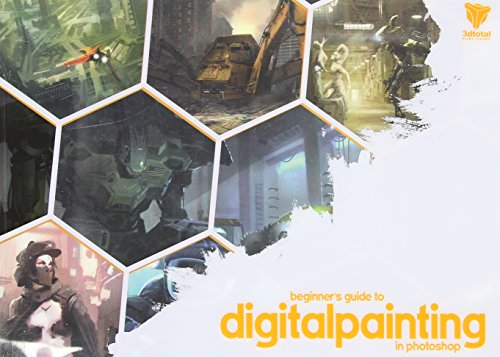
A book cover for Beginner's Guide to Digital Painting in Photoshop; Nykolai Aleksander; Arts & Photography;